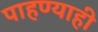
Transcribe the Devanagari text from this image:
पाहण्याही